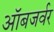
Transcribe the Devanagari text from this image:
ऑबजर्वर